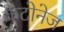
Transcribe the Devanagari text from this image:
केंटोनेज